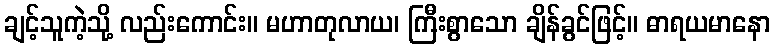
ချင့်သူကဲ့သို့ လည်းကောင်း။ မဟာတုလာယ၊ ကြီးစွာသော ချိန်ခွင်ဖြင့်။ ဓာရယမာနော